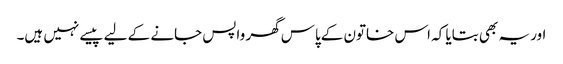
اور یہ بھی بتایا کہ اس خاتون کےپاس گھر واپس جانے کے لیے پیسے نہیں ہیں۔